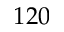
1 2 0